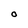
Character: O